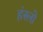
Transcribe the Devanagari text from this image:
हंस्लो